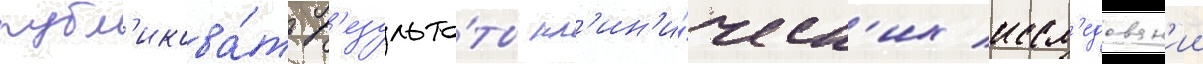
публ'икова́ть р'езульта́ты кл'ин'и́ческ'их иссл'едован'ии